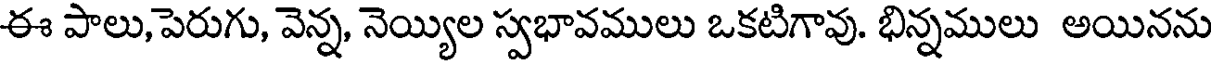
ఈ పాలు,పెరుగు, వెన్న, నెయ్యిల స్వభావములు ఒకటిగావు. భిన్నములు అయినను